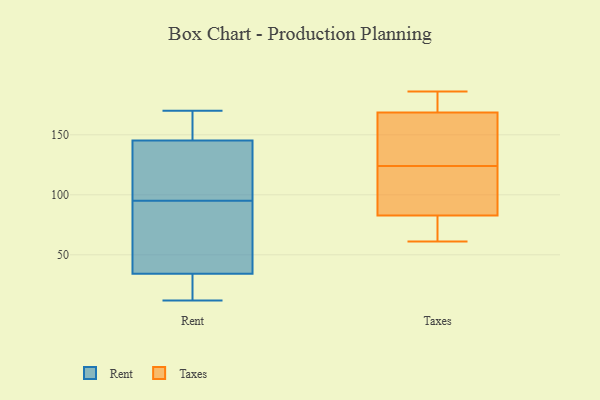
{"axis": {"x": "Net Income (USD K)", "y": "Value"}, "legend": ["Rent", "Taxes"], "data": [{"x": "", "y": 100, "type": "Rent"}, {"x": "", "y": 170, "type": "Rent"}, {"x": "", "y": 47, "type": "Rent"}, {"x": "", "y": 63, "type": "Rent"}, {"x": "", "y": 12, "type": "Rent"}, {"x": "", "y": 131, "type": "Rent"}, {"x": "", "y": 150, "type": "Rent"}, {"x": "", "y": 95, "type": "Rent"}, {"x": "", "y": 13, "type": "Rent"}, {"x": "", "y": 155, "type": "Rent"}, {"x": "", "y": 30, "type": "Rent"}, {"x": "", "y": 61, "type": "Taxes"}, {"x": "", "y": 152, "type": "Taxes"}, {"x": "", "y": 172, "type": "Taxes"}, {"x": "", "y": 112, "type": "Taxes"}, {"x": "", "y": 186, "type": "Taxes"}, {"x": "", "y": 158, "type": "Taxes"}, {"x": "", "y": 75, "type": "Taxes"}, {"x": "", "y": 106, "type": "Taxes"}, {"x": "", "y": 184, "type": "Taxes"}, {"x": "", "y": 74, "type": "Taxes"}, {"x": "", "y": 124, "type": "Taxes"}]}